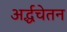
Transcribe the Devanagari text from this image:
अर्द्धचेतन